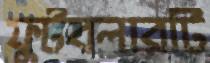
ফুটবলারটি